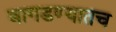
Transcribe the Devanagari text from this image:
बागडण्यातच